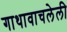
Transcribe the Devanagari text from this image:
गाथावाचलेली